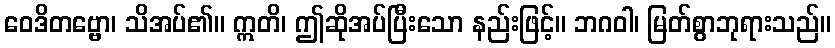
ဝေဒိတဗ္ဗော၊ သိအပ်၏။ ဣတိ၊ ဤဆိုအပ်ပြီးသော နည်းဖြင့်။ ဘဂဝါ၊ မြတ်စွာဘုရားသည်။